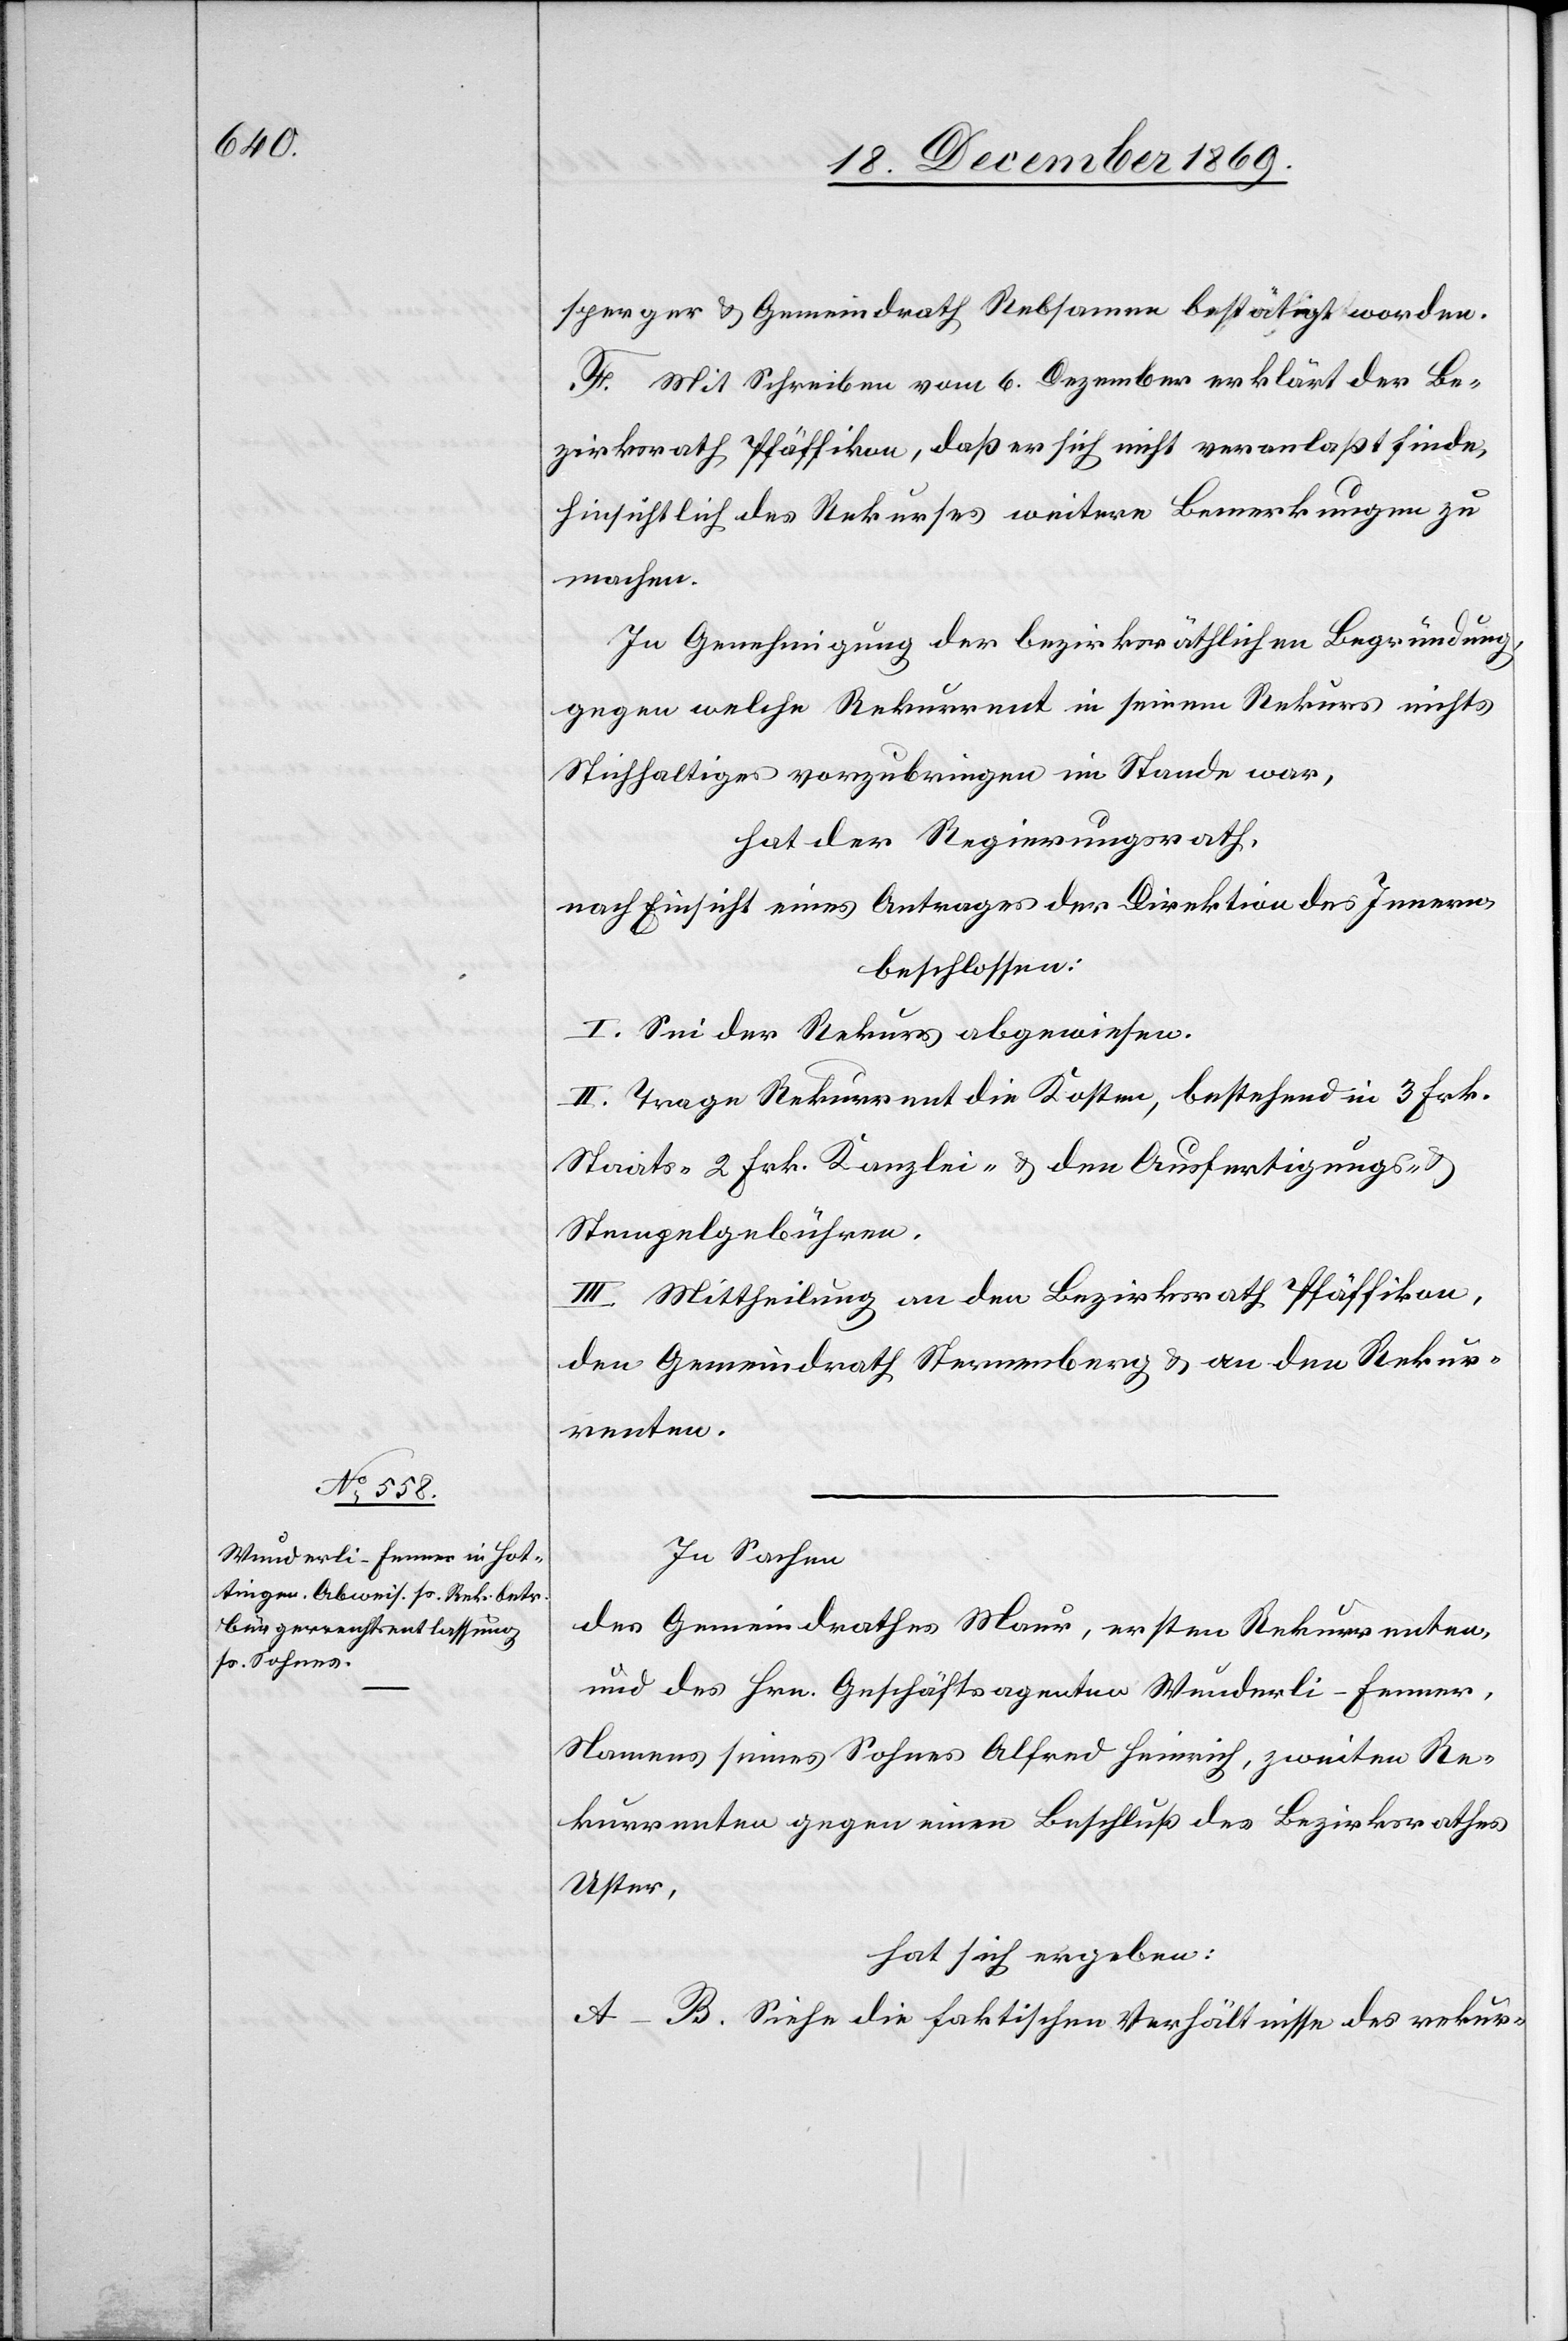
sperger & Gemeindrath Rebsamen bestätigt worden.
F. Mit Schreiben vom 6. Dezember erklärt der Be¬
zirksrath Pfäffikon, daß er sich nicht veranlaßt finde,
hinsichtlich des Rekurses weitere Bemerkungen zu
machen.
In Genehmigung der bezirksräthlichen Begründung,
gegen welche Rekurrent in seinem Rekurs nichts
Stichhaltiges vorzubringen im Stande war,
hat der Regierungsrath,
nach Einsicht eines Antrages der Direktion des Innern,
beschlossen:
I. Sei der Rekurs abgewiesen.
II. Trage Rekurrent die Kosten, bestehend in 3 Frk.
Staats-[,] 2 Frk. Kanzlei- & den Ausfertigungs- &
Stempelgebühren.
III. Mittheilung an den Bezirksrath Pfäffikon,
den Gemeindrath Sternenberg & an den Rekur¬
renten.
In Sachen
des Gemeindrathes Maur, ersten Rekurrenten,
und des Hrn. Geschäftsagenten Wunderli-Fenner,
Namens seines Sohnes Alfred Heinrich, zweiten Re¬
kurrenten gegen einen Beschluß des Bezirksrathes
Uster,
hat sich ergeben:
A–B. Siehe die faktischen Verhältnisse des rekur-